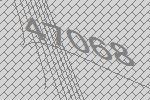
47068